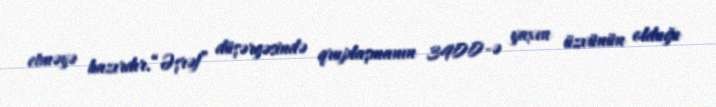
etməyə hazırdır.“Əşrəf” düşərgəsində qruplaşmanın 3400-ə yaxın üzvünün olduğu